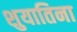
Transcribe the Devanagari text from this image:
शुयातिना